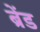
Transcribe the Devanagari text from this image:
ब्रेंड